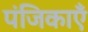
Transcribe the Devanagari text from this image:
पंजिकाएँ